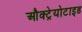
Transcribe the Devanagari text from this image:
औक्ट्रेयोटाइड